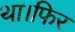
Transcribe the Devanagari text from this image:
था।फिर